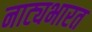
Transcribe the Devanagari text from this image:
नाट्यभारत